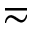
\eqsim